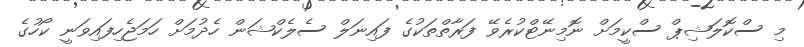
މި ސްކޮލަޝިޕް ސްކީމަށް ނޮމިނޭޓްކުރެވޭ ފަރާތްތަކުގެ ފައިނަލް ސެލެކްޝަން ހެދުމަށް ހަމަޖެހިފައިވަނީ ކޯހުގެ